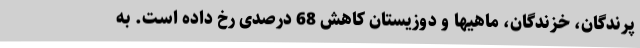
پرندگان، خزندگان، ماهیها و دوزیستان کاهش 68 درصدی رخ داده است. به